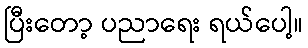
ပြီးတော့ ပညာရေး ရယ်ပေါ့။